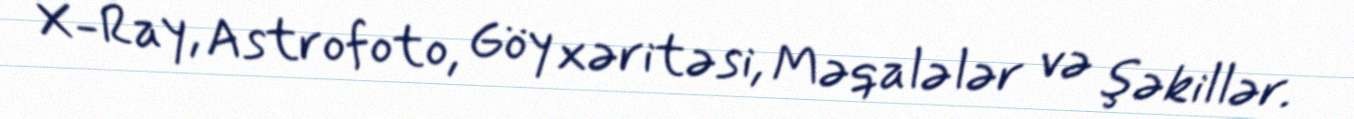
X-Ray, Astrofoto, Göy xəritəsi, Məqalələr və şəkillər.